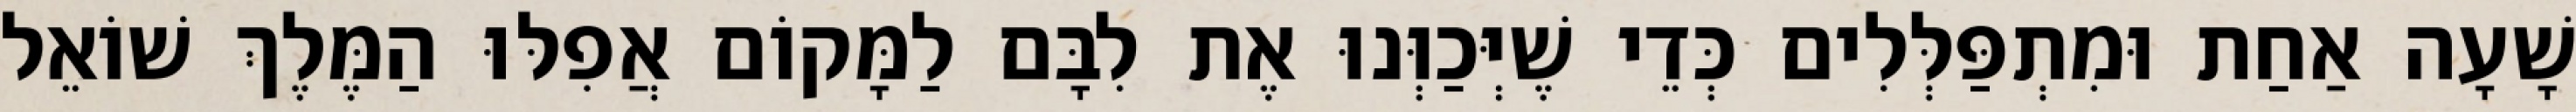
שָׁעָה אַחַת וּמִתְפַּלְּלִים כְּדֵי שֶׁיְּכַוְּנוּ אֶת לִבָּם לַמָּקוֹם אֲפִלּוּ הַמֶּלֶךְ שׁוֹאֵל